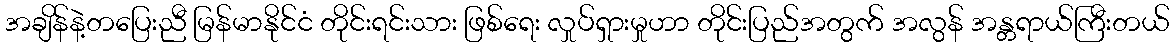
အချိန်နဲ့တပြေးညီ မြန်မာနိုင်ငံ တိုင်းရင်းသား ဖြစ်ရေး လှုပ်ရှားမှုဟာ တိုင်းပြည်အတွက် အလွန် အန္တရာယ်ကြီးတယ်